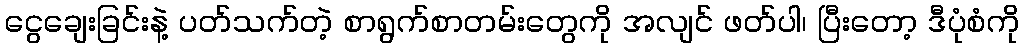
ငွေချေးခြင်းနဲ့ ပတ်သက်တဲ့ စာရွက်စာတမ်းတွေကို အလျင် ဖတ်ပါ၊ ပြီးတော့ ဒီပုံစံကို